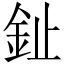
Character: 䤠